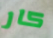
كار